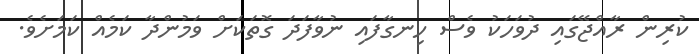
ކުރިން ރާއްޖޭގައި ދުވަހަކު ވެސް ހިނގާފައި ނުވާފަދަ ގޮތަކަށް ވަމުންދާ ކަމެއް ކަމަށެވެ.